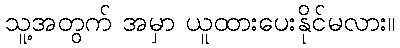
သူ့အတွက် အမှာ ယူထားပေးနိုင်မလား။